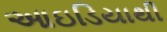
આઇડિયાથી